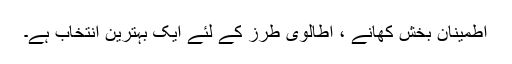
اطمینان بخش کھانے ، اطالوی طرز کے لئے ایک بہترین انتخاب ہے۔